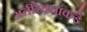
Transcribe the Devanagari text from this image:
अतीरेक्यांकडे